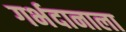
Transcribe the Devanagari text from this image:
गर्भदानाला